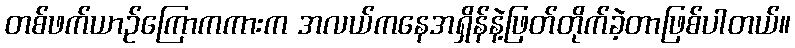
တစ်ဖက်ယာဉ်ကြောကကားက အလယ်ကနေအရှိန်နဲ့ဖြတ်တိုက်ခဲ့တာဖြစ်ပါတယ်။